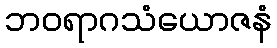
ဘဝရာဂသံယောဇနံ